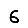
Digit: 6